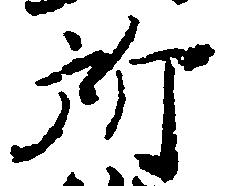
所